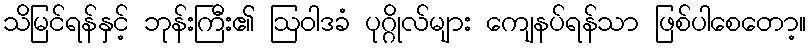
သိမြင်ရန်နှင့် ဘုန်းကြီး၏ ဩဝါဒခံ ပုဂ္ဂိုလ်များ ကျေနပ်ရန်သာ ဖြစ်ပါစေတော့။